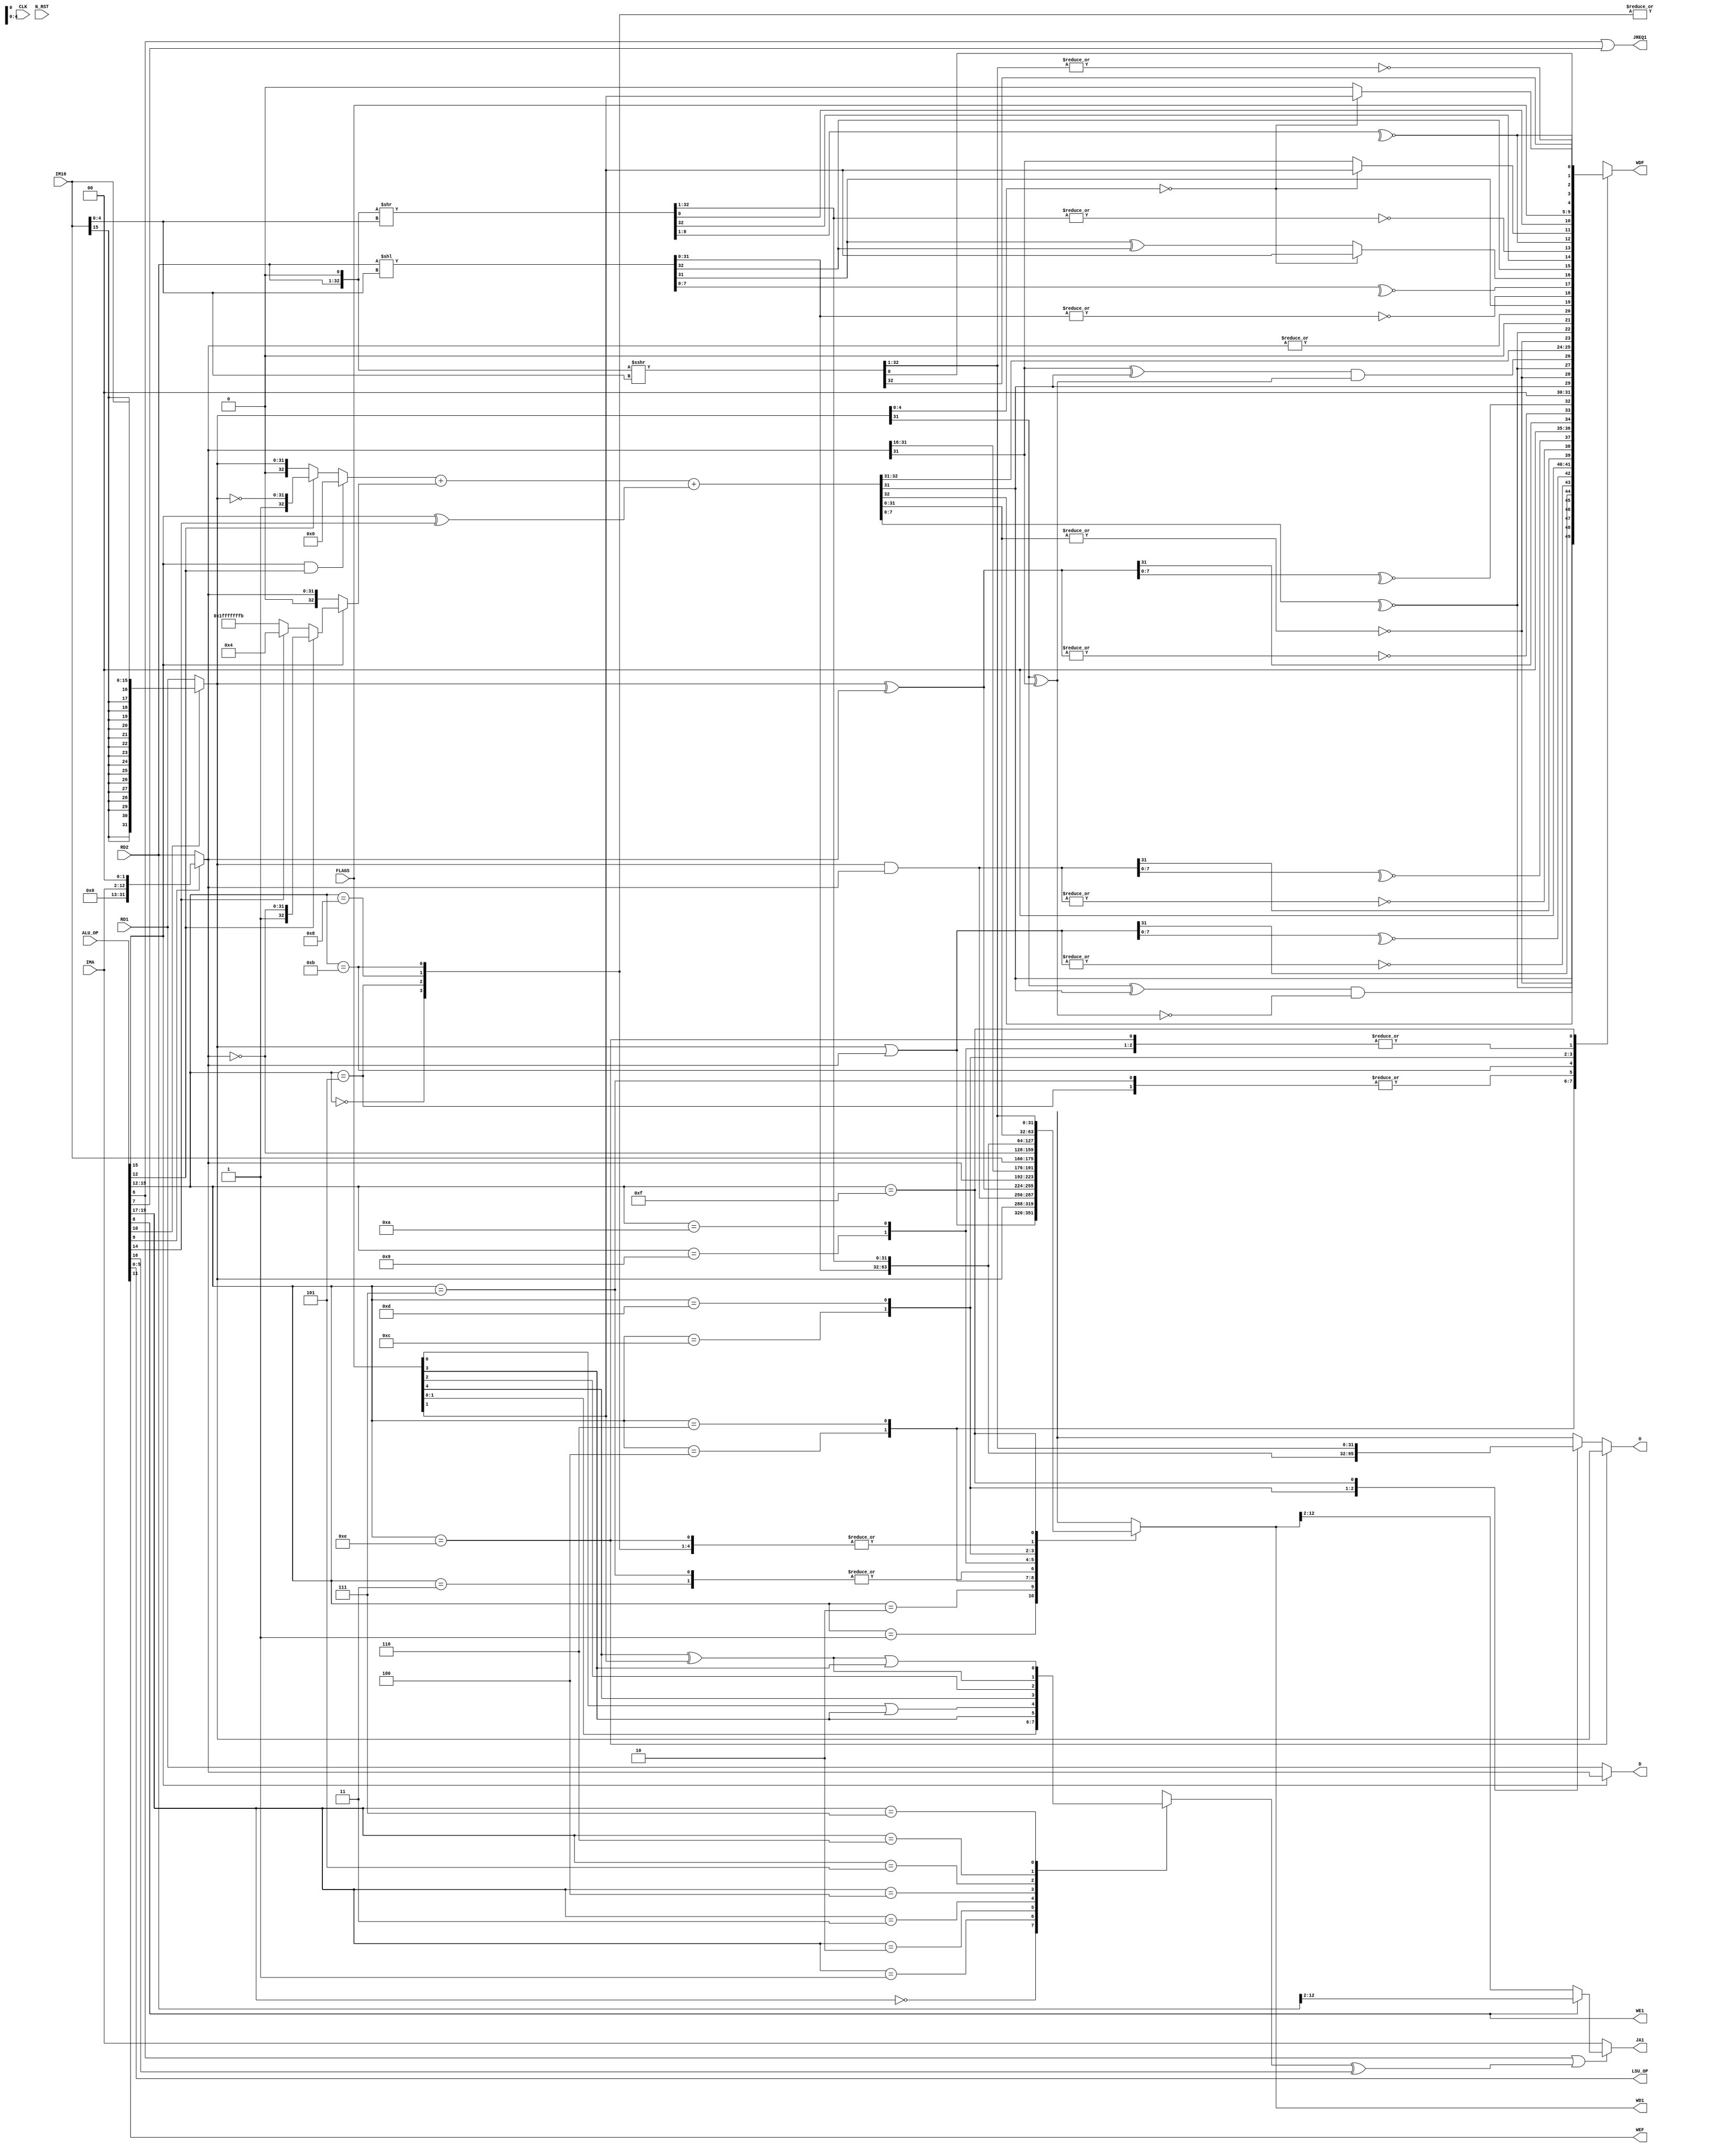
module ALU(CLK, N_RST, ALU_OP, LSU_OP, IM16, IMA, RD1, RD2, WD1, WE1, JA1, JREQ1, D, O, WEF, WDF, FLAGS);
	input CLK, N_RST;
	
	input [19:0] ALU_OP;
	output [5:0] LSU_OP;
	
	input [15:0] IM16;
	input [10:0] IMA;
	input [31:0] RD1, RD2;
	output [31:0] WD1;
	
	output WE1, WEF;
	output [10:0] JA1;
	output JREQ1;
	output [4:0] WDF;
	input [4:0] FLAGS;
	
	output [31:0] D, O;
	
	wire [31:0] A, B;
	
	assign A = ALU_OP[10] ? {{16{IM16[15]}}, IM16[15:0]} : RD1;
	assign B = ALU_OP[9] ? {19'b0, IMA[10:0], 2'b0} : RD2;
	
	wire [32:0] CSA_A, CSA_B;
	wire CSA_C;
	wire [32:0] CSA_O;
	
	assign CSA_A = (ALU_OP[15] & ALU_OP[12]) ? 33'b0 : (ALU_OP[12] ? {1'b1, ~A} : {1'b0, A[31:0]});
	assign CSA_B = ALU_OP[15] ? (ALU_OP[12] ? {1'b1, ~B} : (ALU_OP[14] ? 33'd4 : ~33'd4)) : {1'b0, B};
	assign CSA_C = ALU_OP[15] ^ ALU_OP[14];
	
	assign CSA_O = CSA_A + CSA_B + CSA_C;
	
	wire [32:0] ADD, SUB, AND, OR, XOR, NEG, NOT, SLL, SRL, SRA;
	
	assign ADD = CSA_O;
	assign SUB = CSA_O;
	assign OR = {1'b0, A[31:0] | B[31:0]};
	assign AND = {1'b0, A[31:0] & B[31:0]};
	assign XOR = {1'b0, A[31:0] ^ B[31:0]};
	assign NOT = {1'b0, ~B[31:0]};
	assign NEG = CSA_O;
	
	assign SLL = {1'b0, RD2[31:0]} << IM16[4:0];
	assign SRL = {RD2[31:0], 1'b0} >> IM16[4:0];
	assign SRA = {RD2[31:0], 1'b0} >>> IM16[4:0];
	
	wire [31:0] RESULT[0:15];
	
	assign RESULT[0] = ADD[31:0];
	assign RESULT[1] = OR[31:0];
	assign RESULT[2] = A;
	assign RESULT[3] = B;
	assign RESULT[4] = AND[31:0];
	assign RESULT[5] = SUB[31:0];
	assign RESULT[6] = XOR[31:0];
	assign RESULT[7] = B;
	assign RESULT[8] = CSA_O[31:0];
	assign RESULT[9] = {B[31:16], IM16[15:0]};
	assign RESULT[10] = NOT[31:0];
	assign RESULT[11] = NEG[31:0];
	assign RESULT[12] = SLL[31:0];
	assign RESULT[13] = SRL[32:1];
	assign RESULT[14] = CSA_O[31:0];
	assign RESULT[15] = SRA[32:1];
	
	wire SF, ZF, PF, OF, CF;
	
	assign SF = FLAGS[4];
	assign ZF = FLAGS[3];
	assign PF = FLAGS[2];
	assign OF = FLAGS[1];
	assign CF = FLAGS[0];
	
	wire [4:0] F[0:15];
	
	assign F[0] = {ADD[31], ~|{ADD[31:0]}, ~^{ADD[7:0]}, (A[31] ^ ADD[31]) & ~(A[31] ^ B[31]), ADD[32]};
	assign F[1] = {OR[31], ~|{OR[31:0]}, ~^{OR[7:0]}, 1'b0, 1'b0};
	assign F[2] = FLAGS;
	assign F[3] = FLAGS;
	assign F[4] = {AND[31], ~|{AND[31:0]}, ~^{AND[7:0]}, 1'b0, 1'b0};
	assign F[5] = {SUB[31], ~|{SUB[31:0]}, ~^{SUB[7:0]}, (B[31] ^ SUB[31]) & (A[31] ^ B[31]), SUB[32]};
	assign F[6] = {XOR[31], ~|{XOR[31:0]}, ~^{XOR[7:0]}, 1'b0, 1'b0};
	assign F[7] = {SUB[31], ~|{SUB[31:0]}, ~^{SUB[7:0]}, (B[31] ^ SUB[31]) & (A[31] ^ B[31]), SUB[32]};
	assign F[8] = FLAGS;
	assign F[9] = FLAGS;
	assign F[10] = FLAGS;
	assign F[11] = {NEG[31], ~|{NEG[31:0]}, ~^{NEG[7:0]}, 1'b0, |{B[31:0]}};
	assign F[12] = {SLL[31], ~|{SLL[31:0]}, ~^{SLL[7:0]}, (A[4:0] == 0) ? OF : (SLL[31] ^ SLL[32]), SLL[32]};
	assign F[13] = {SRL[32], ~|{SRL[32:1]}, ~^{SRL[8:1]}, (A[4:0] == 0) ? OF : B[31], SRL[0]};
	assign F[14] = FLAGS;
	assign F[15] = {SRA[32], ~|{SRA[32:1]}, ~^{SRL[8:1]}, (A[4:0] == 0) ? OF : 1'b0, SRA[0]};
	
	wire CB[0:7];
	
	assign CB[0] = OF;
	assign CB[1] = CF;
	assign CB[2] = ZF;
	assign CB[3] = CF | ZF;
	assign CB[4] = SF;
	assign CB[5] = PF;
	assign CB[6] = SF ^ OF;
	assign CB[7] = (SF ^ OF) | ZF;
	
	wire [10:0] BA;
	
	assign BA = ALU_OP[8] ? RD2[12:2] : RESULT[ALU_OP[15:12]][12:2];
	
	assign WEF = ALU_OP[11];
	assign WDF = F[ALU_OP[15:12]];
	
	assign JREQ1 = ALU_OP[6] | ALU_OP[7];
	assign JA1 = (ALU_OP[6] | (CB[ALU_OP[19:17]] ^ ALU_OP[16])) ? BA : IMA;
	
	assign WD1 = RESULT[ALU_OP[15:12]];
	assign WE1 = ALU_OP[8];
	assign D = ALU_OP[15] ? B : RD1;
	assign O = (ALU_OP[15:12] == 4'd14) ? A : RESULT[ALU_OP[15:12]];
	assign LSU_OP = ALU_OP[5:0];
endmodule